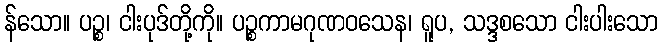
န်သော။ ပဉ္စ၊ ငါးပုဒ်တို့ကို။ ပဉ္စကာမဂုဏဝသေန၊ ရူပ, သဒ္ဒစသော ငါးပါးသော